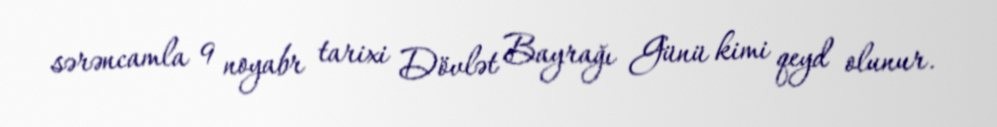
sərəncamla 9 noyabr tarixi Dövlət Bayrağı Günü kimi qeyd olunur.